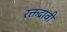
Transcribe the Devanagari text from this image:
रक्तद्रावी